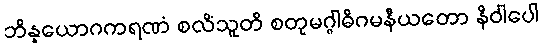
ဘိန္နယောဂကရဏံ စလိံသူတိ စတုမဂ္ဂါဓိဂမနီယတော နိဝါပေါ